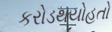
કરોડથયોહતો